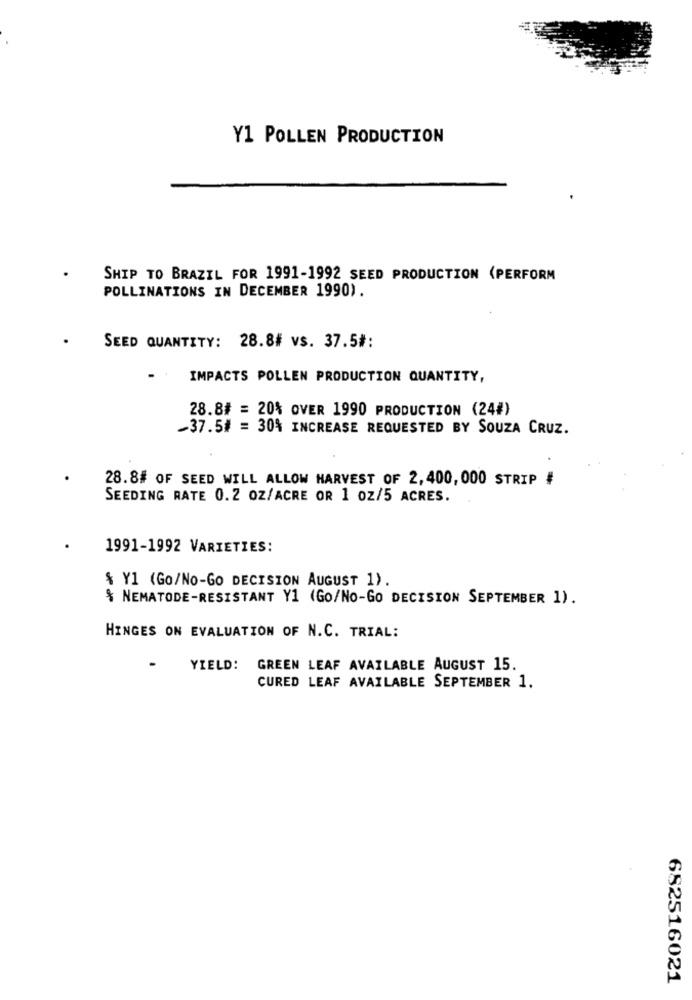
Y1 POLLEN PRODUCTION
SHIP TO BRAZIL FOR 1991-1992 SEED PRODUCTION (PERFORM
POLLINATIONS IN DECEMBER 1990).
SEED QUANTITY: 28.8# vs. 37.5#:
IMPACTS POLLEN PRODUCTION QUANTITY,
28.8# = 20% OVER 1990 PRODUCTION (24#)
-37.5# = 30% INCREASE REQUESTED BY SOUZA CRUZ.
28.8# OF SEED WILL ALLOW HARVEST OF 2,400, 000 STRIP #
SEEDING RATE 0.2 OZ/ACRE OR 1 oz/5 ACRES.
1991-1992 VARIETIES:
$ Y1 (Go/No-Go DECISION AUGUST 1).
$ NEMATODE-RESISTANT Y1 (GO/NO-Go DECISION SEPTEMBER 1).
HINGES ON EVALUATION OF N.C. TRIAL:
YIELD: GREEN LEAF AVAILABLE AUGUST 15.
CURED LEAF AVAILABLE SEPTEMBER 1.
682516021